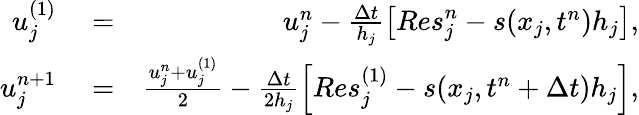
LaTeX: \begin{array}{rlr}{u_{j}^{(1)}}&{{}=}&{u_{j}^{n}-\frac{\Delta t}{h_{j}}\left[{Res}_{j}^{n}-s(x_{j},t^{n})h_{j}\right],}\\ {u_{j}^{n+1}}&{{}=}&{\frac{u_{j}^{n}+u_{j}^{(1)}}{2}-\frac{\Delta t}{2h_{j}}\left[{Res}_{j}^{(1)}-s(x_{j},t^{n}+\Delta t)h_{j}\right],}\end{array}